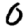
Digit: 0